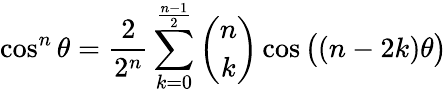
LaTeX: \cos^{n}\theta={\frac{2}{2^{n}}}\sum_{k=0}^{\frac{n-1}{2}}{\binom{n}{k}}\cos{{\big(}(n-2k)\theta{\big)}}